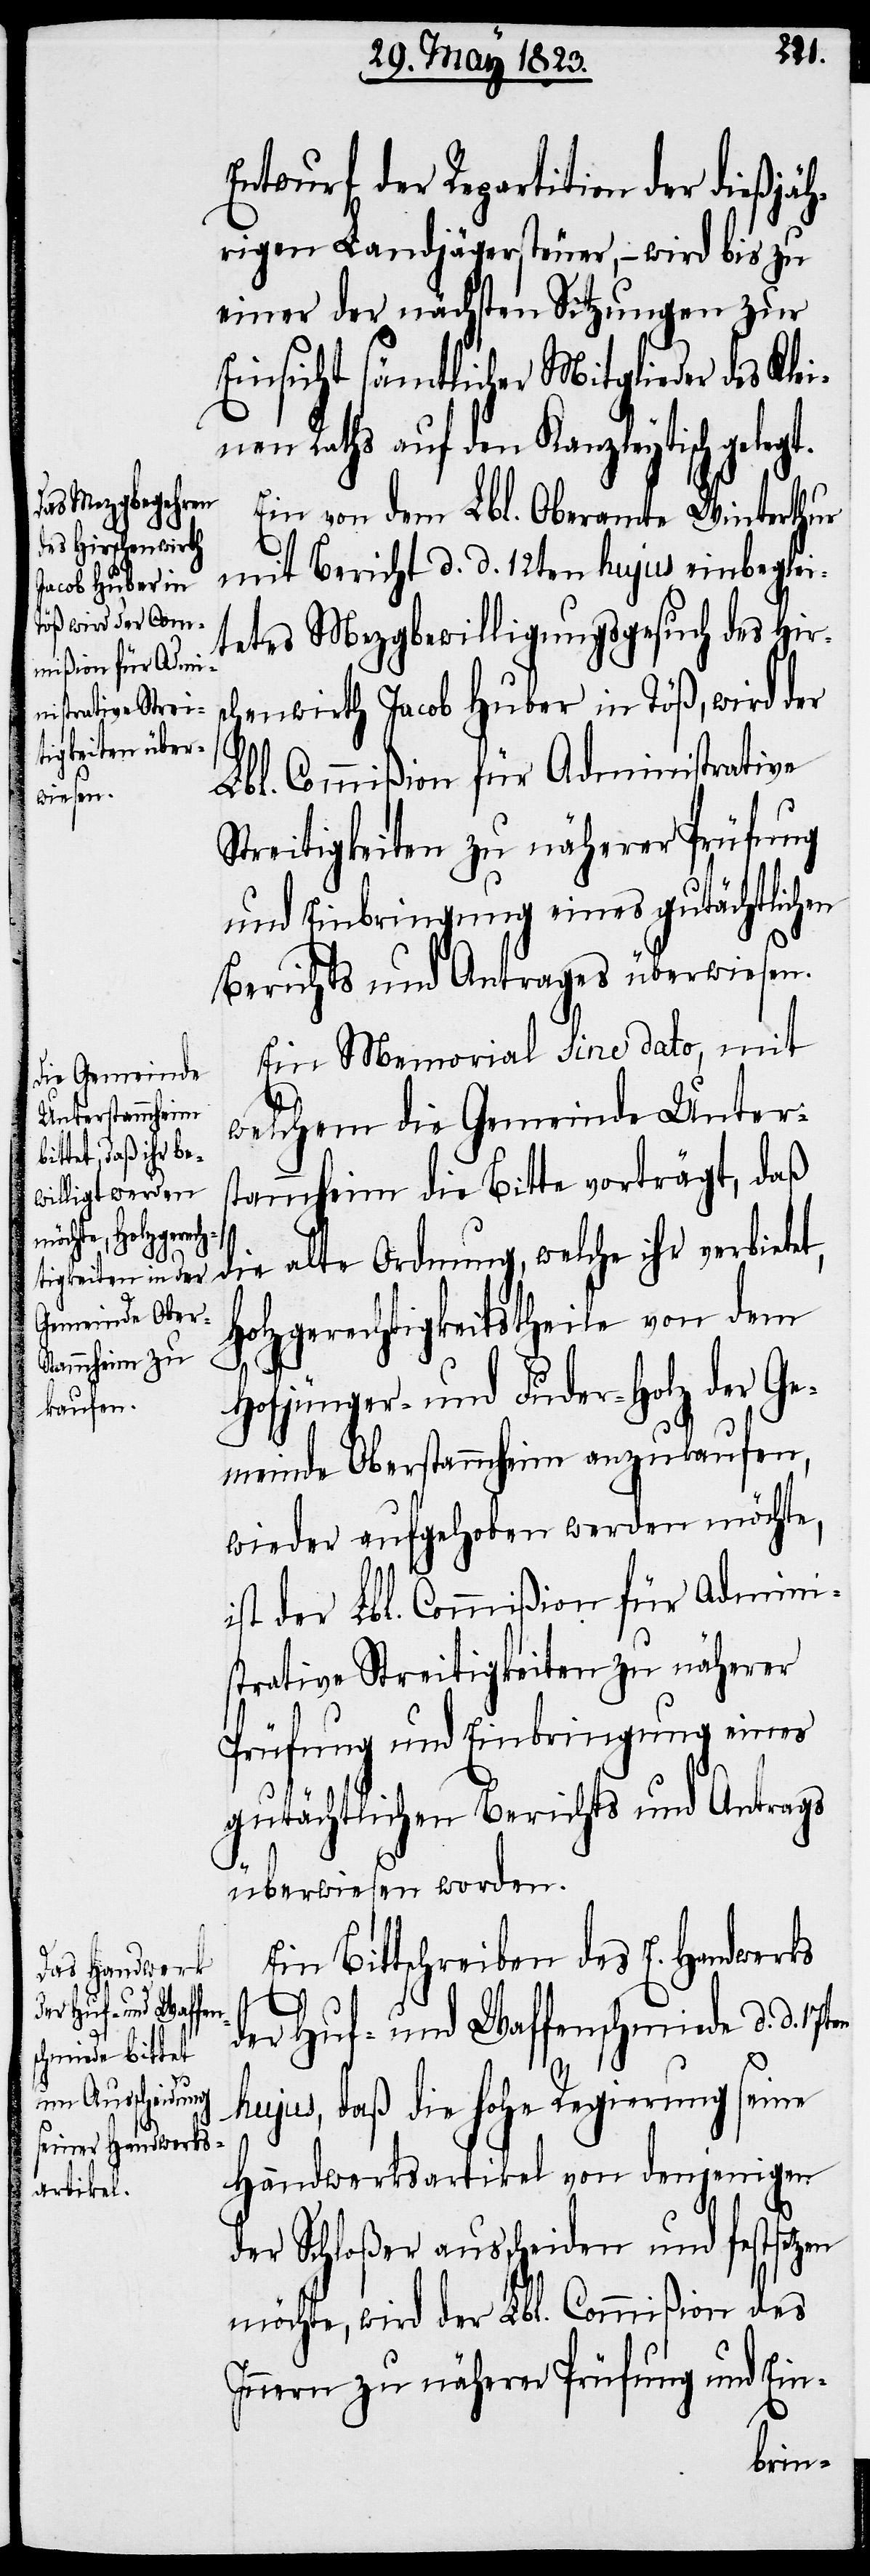
Entwurf der Repartition der dießjäh¬
rigen Landjägersteuer, – wird bis zu
einer der nächsten Sitzungen zur
Einsicht sämtlicher Mitglieder des Klei¬
nen Raths auf den Kanzleytisch gele¬
Ein von dem Lbl. Oberamte Winterthur
mit Bericht d. d. 12ten hujus einbeglei¬
tetes Mezgbewilligungsgesuch des Hirs¬
chenwirth Jacob Huber in Töß, wird der
Lbl. Commißion für Administrative
Streitigkeiten zu näherer Prüfung
und Einbringung eines gutächtlichen
Berichts und Antrages überwiesen.
Ein Memorial sine dato, mit
welchem die Gemeinde Unters¬
tammheim die Bitte vorträgt, daß
die alte Ordnung, welche ihr verbietet,
Holzgerechtigkeitstheile von dem
Hofjünger- und Fuder-Holz der Ge¬
meinde Oberstammheim anzukaufen,
wieder aufgehoben werden möchte,
ist der Lbl. Commißion für Admini¬
strative Streitigkeiten zu näherer
Prüfung und Einbringung eines
gutächtlichen Berichts und Antrags
überwiesen worden.
Ein Bittschreiben des E. Handwerks
der Huf- und Waffenschmiede d. d.
gt.
hujus, daß die hohe Regierung seine
Handwerksartikel von denjenigen
der Schloßer ausscheiden und festsetzen
möchte, wird der Lbl. Commißion des
Innern zu näherer Prüfung und Ein-